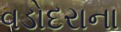
વડોદરાના